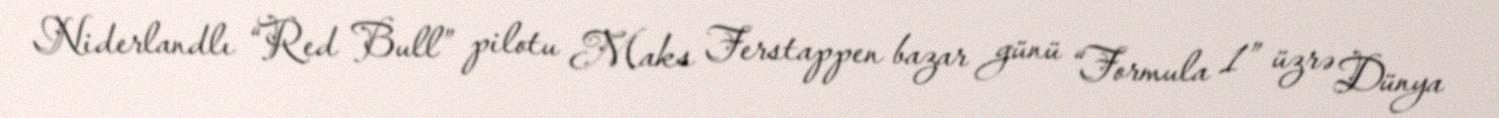
Niderlandlı “Red Bull” pilotu Maks Ferstappen bazar günü “Formula 1” üzrə Dünya